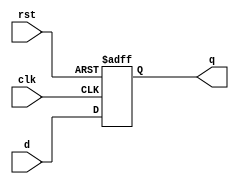
module neg_edge_d_ff (
    input wire clk,
    input wire rst,
    input wire d,
    output reg q
);

always @(negedge clk or posedge rst)
begin
    if(rst)
        q <= 1'b0;
    else
        q <= d;
end

endmodule